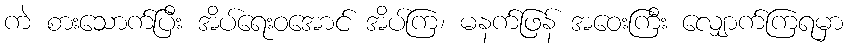
ကဲ စားသောက်ပြီး အိပ်ရေးဝအောင် အိပ်ကြ၊ မနက်ဖြန် အဝေးကြီး လျှောက်ကြရမှာ